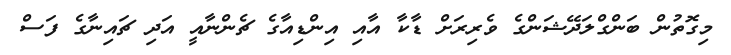
މިގޮތުން ބަންގްލަދޭޝަންގެ ވެރިރަށް ޑާކާ އާއި އިންޑިއާގެ ޗެންނާއީ އަދި ޗައިނާގެ ފަސް